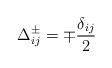
LaTeX: \begin{align*}\Delta _{ij}^{\pm }=\mp \frac{\delta _{ij}}{2}\end{align*}